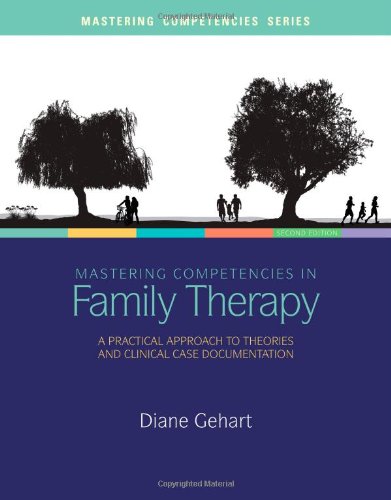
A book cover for Mastering Competencies in Family Therapy: A Practical Approach to Theory and Clinical Case Documentation; Diane R. Gehart; Education & Teaching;